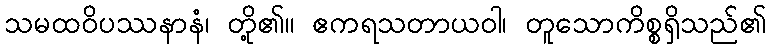
သမထဝိပဿနာနံ၊ တို့၏။ ဧကရသတာယဝါ၊ တူသောကိစ္စရှိသည်၏